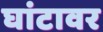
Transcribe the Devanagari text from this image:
घांटावर